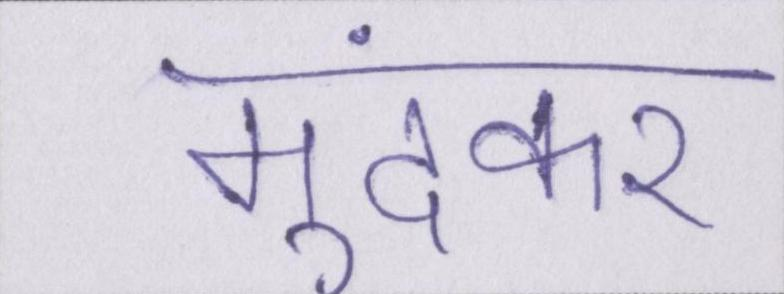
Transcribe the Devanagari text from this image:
मूंदकर